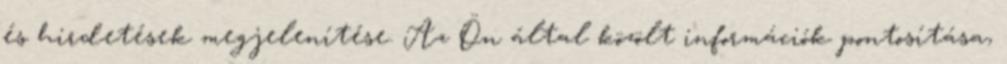
és hirdetések megjelenítése. Az Ön által közölt információk pontosítása,